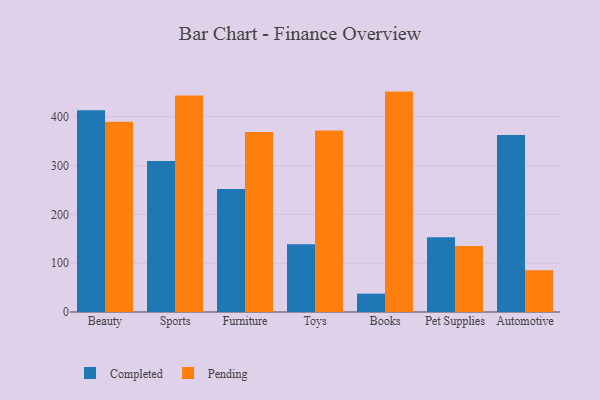
{"axis": {"x": "Category", "y": "Operating Costs (USD K)"}, "legend": ["Completed", "Pending"], "data": [{"x": "Beauty", "y": 413.2, "type": "Completed"}, {"x": "Beauty", "y": 389.8, "type": "Pending"}, {"x": "Sports", "y": 309.4, "type": "Completed"}, {"x": "Sports", "y": 443.1, "type": "Pending"}, {"x": "Furniture", "y": 251.8, "type": "Completed"}, {"x": "Furniture", "y": 368.5, "type": "Pending"}, {"x": "Toys", "y": 138.7, "type": "Completed"}, {"x": "Toys", "y": 371.5, "type": "Pending"}, {"x": "Books", "y": 37.6, "type": "Completed"}, {"x": "Books", "y": 451.3, "type": "Pending"}, {"x": "Pet Supplies", "y": 153.0, "type": "Completed"}, {"x": "Pet Supplies", "y": 134.9, "type": "Pending"}, {"x": "Automotive", "y": 362.5, "type": "Completed"}, {"x": "Automotive", "y": 85.3, "type": "Pending"}]}